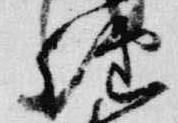
経